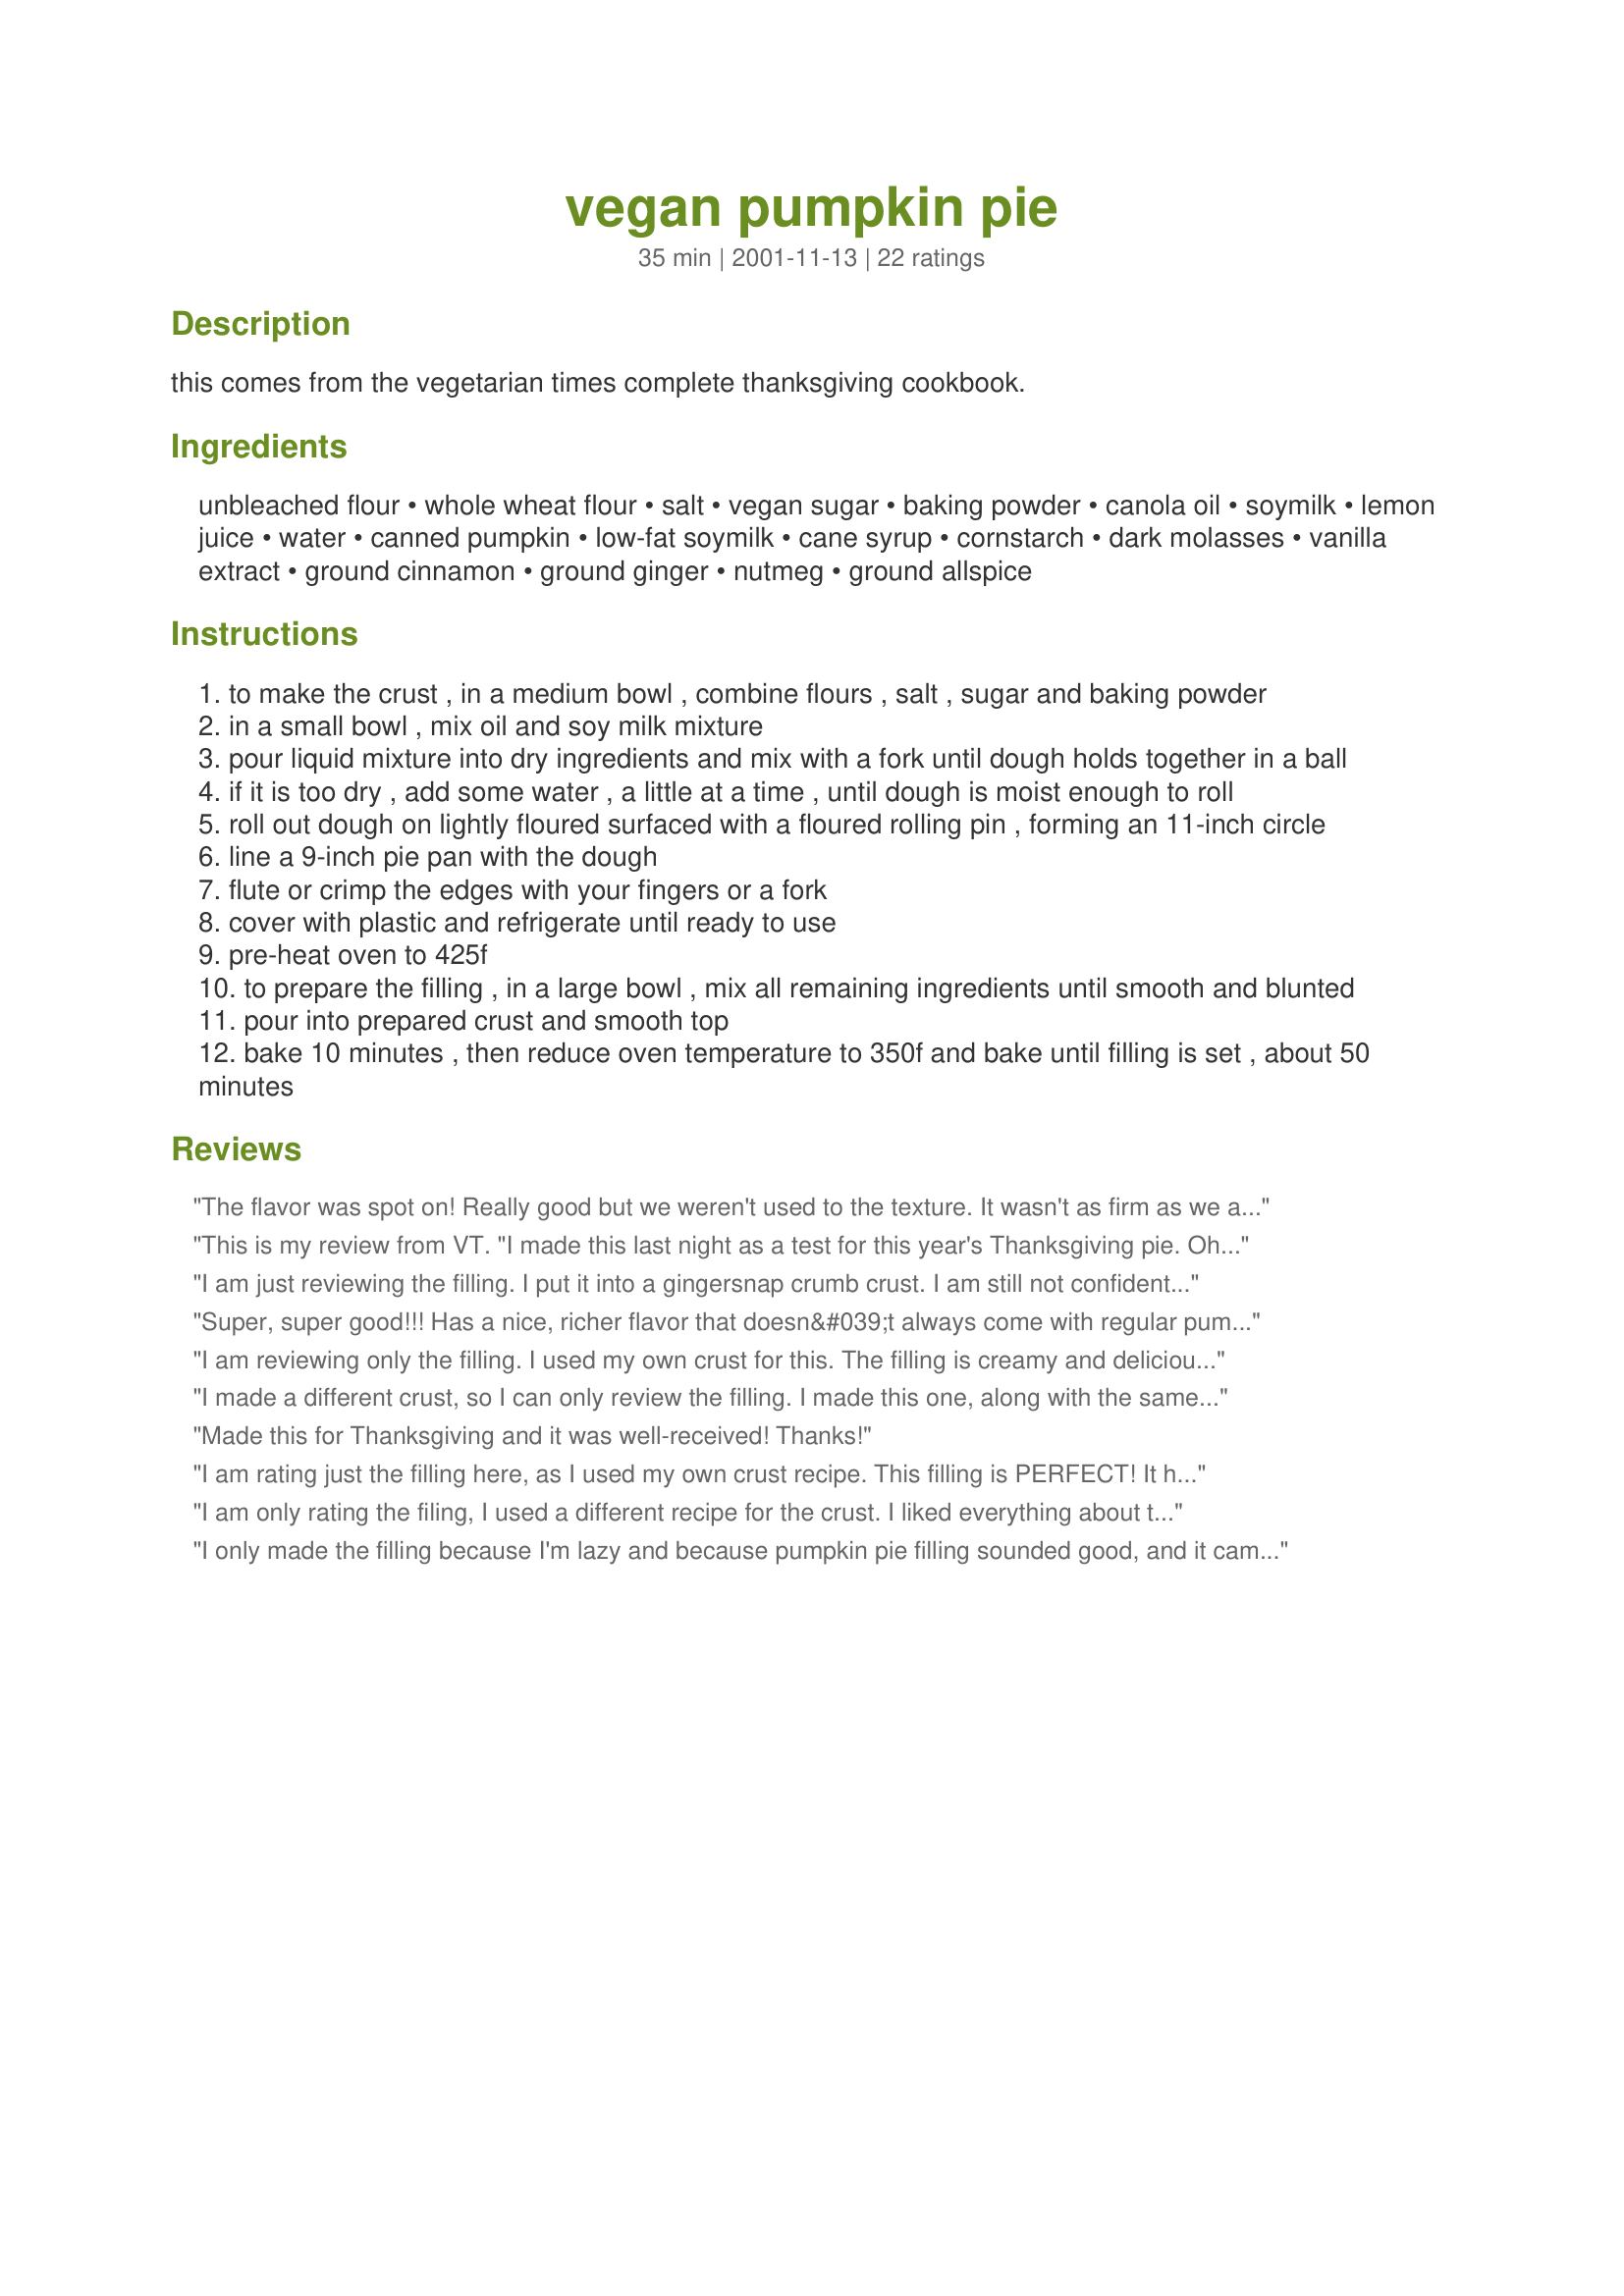
vegan pumpkin pie
Preparation time: 35 minutes

this comes from the vegetarian times complete thanksgiving cookbook.

Ingredients:
unbleached flour, whole wheat flour, salt, vegan sugar, baking powder, canola oil, soymilk, lemon juice, water, canned pumpkin, low-fat soymilk, cane syrup, cornstarch, dark molasses, vanilla extract, ground cinnamon, ground ginger, nutmeg, ground allspice

Steps:
to make the crust , in a medium bowl , combine flours , salt , sugar and baking powder
in a small bowl , mix oil and soy milk mixture
pour liquid mixture into dry ingredients and mix with a fork until dough holds together in a ball
if it is too dry , add some water , a little at a time , until dough is moist enough to roll
roll out dough on lightly floured surfaced with a floured rolling pin , forming an 11-inch circle
line a 9-inch pie pan with the dough
flute or crimp the edges with your fingers or a fork
cover with plastic and refrigerate until ready to use
pre-heat oven to 425f
to prepare the filling , in a large bowl , mix all remaining ingredients until smooth and blunted
pour into prepared crust and smooth top
bake 10 minutes , then reduce oven temperature to 350f and bake until filling is set , about 50 minutes

Reviews:
The flavor was spot on! Really good but we weren't used to the texture. It wasn't as firm as we are used to. Still, we will make it again!
This is my review from VT. "I made this last night as a test for this year's Thanksgiving pie. Oh...my....goodness! This pie is so good! It's better than any store bought pie I have had. It is really, a perfect pumpkin pie. Not too overwhelming with certain spices. My boyfriend is not big on sweets and certainly not big on vegan food BUT he really, really enjoyed this. He said it was also one of the best he has eaten. I just want to let you all know though...this was for ONLY the FILLING. I did not use this crust recipe. As for the granulated sugar cane syrup, just use regular sugar or turbinado. SIMPLE! It is not custardy or too soft in texture. It holds its shape just like a pumpkin pie should. Try it! You will not be disappointed." Seriously, if you don't like this then I don't know what you think pumpkin pie should taste like ;) Oh and don't add cloves!
I am just reviewing the filling. I put it into a gingersnap crumb crust. I am still not confident with vegan pastry. I am new to vegan cooking and was really hoping for pumpkin pie at Thanksgiving and this recipe was perfect. So good and better than my memory of eggy-creamy pumpkin pies!
Super, super good!!! Has a nice, richer flavor that doesn&#039;t always come with regular pumpkin pies. I also added 1/4 tsp of cloves. One thing that I think really set this over the edge was evaporating the soymilk. Instead of just using a cup of it, I put 3 cups of the milk over low-medium heat and waited for to evaporate down to one cup. I actually wasn&#039;t paying attention, and it ended up being a little less than one cup, but I didn&#039;t have any troubles! It added a nice creaminess that I think is worth the patience. :) I also used a pecan/oat crust instead of the one in the recipe, so I can&#039;t vouch for that part.
I am reviewing only the filling. I used my own crust for this. The filling is creamy and delicious. When I first took the pie out of the oven, it was too wiggly but 24 hours in the fridge made it set beautifully. I substituted corn syrup for the cane syrup. Next time, I will omit the molasses, I am not sure I liked the flavor that much. Also, once the pie starts setting, cover it with plastic wrap so that it doesn't form a skin.
I made a different crust, so I can only review the filling. I made this one, along with the same pie I made last year, which contains silken tofu, so that I could compare the two. This has a great texture - it set really nicely and slices into beautiful pieces. The flavor is excellent as well - I added 14 tsp of cloves, because it just seemed necessary. I can't decide which I prefer, but my husband was thrilled with this one. He typically doesn't care for pumpkin pie, but said this is the "best pumpkin pie" he has ever had. However, his reasoning was that it doesn't really taste like pumpkin. That could be why I'm not as quick to rave about it, because I love the taste of pumpkin. Either way, this makes a beautiful pie!
Made this for Thanksgiving and it was well-received! Thanks!
I am rating just the filling here, as I used my own crust recipe. This filling is PERFECT! It has a wonderful texture, color, and full flavor, and vegan or not, you'd be hard-pressed to find a better pumpkin pie. I used a 15-oz. can of pumpkin, which is a little less than 2 cups, and I also used regular sugar instead of granulated cane syrup, because that's what I had on hand. No one would ever know it's missing the dairy and eggs - it's absolutely fabulous, and a must on our Thanksgiving table.
I am only rating the filing, I used a different recipe for the crust.

I liked everything about this pie with the exception of the molasses. It was odd to taste molasses in pumpkin pie, and it also made the pie dark brown in color, so dark that my daughter thought it was a chocolate pie.

Other than that, the texture of the pie after it set up overnight was perfect, and I am thrilled to find a recipe that doesn't use tofu as I can have neither dairy nor soy. So, this is close to perfect and I will definately make it again without the molasses, and possibly also with some white sugar instead, to get the color lighter... (Obviously I'm trying it because of allergies and not because I'm looking for a healthy version. :-> )

Thanks for posting!
I only made the filling because I'm lazy and because pumpkin pie filling sounded good, and it came out really well, you'd never know it wasn't vegan. Good job. I'm definitely making this for thanksgiving.
Brought this to Thanksgiving dinner today. It was a hit! Spicy and sweet and very flavorful. Not as rich as regular pumpkin pie, which I found I missed a lot. (Oh, for just a touch of cream!) But considering that regular pumpkin pie would have been exceedingly non-vegan and made my dairy-free nursling very unhappy... it was an excellent compromise. Everyone liked it! Also much lower in fat and calories, which dieting relatives appreciated. <br/><br/>I liked this crust a lot --- in fact, I liked it better than the simple pie crust I usually use. I might switch to this one instead for my everyday pie-baking. It rolls beautifully and was easy to use. My only concern was that it was a tiny bit too salty. I'd cut the salt in half. <br/><br/>I couldn't figure out where the lemon juice was supposed to go, so I left it out. Anyone have any ideas?<br/><br/>The filling set beautifully and looked gorgeous. I was worried it wouldn't "set" but the texture was excellent. I liked the molasses a lot. I used a medium fresh pumpkin, roasted in the oven until soft, scooped out of the shell and pureed in a food processor, instead of canned. Because the pumpkin is more responsible for the texture of this pie than it would be in a standard pumpkin pie, I would be really hesitant to use canned pumpkin for it. I thought the fresh worked beautifully. Incidentally, the fresh pumpkin is much lighter in color than canned, which means that the molasses didn't darken the color of the pie too much at all. <br/><br/>Like other reviewers, I used 1 cup coconut milk instead of the rice/soy milk, and used ordinary granulated sugar. Otherwise, I kept the recipe as written. I would absolutely make it again. Thanks for sharing this lovely recipe, and thanks, Moosewood, for inventing it!!!
Awesome Pumpkin Pie! I brought it to a holiday party and nobody knew it was vegan. I wouldn't change a thing. It turned out great even the first time I made it. I willl definitely make this one every holiday. Thank you for such a great recipe.
Another review just reviewing the filling - I had grown pumpkins this year so wanted to try a pie. Used 2.5 c fresh pumpkin in lieu of the canned. The filling was so amazingly tasty uncooked my kids would have done shots of it had I let them. I didn't have any molasses, so just used 1/2 T of dark brown sugar as a substitute. End result was a very good pie. I used Food.com recipe 51537 for a no-roll pie crust which was a super easy perfect compliment to the filling.
This pie is delicious and taste tested by more than 20 people at a work Christmas Party (they didn't even know it was vegan). For this recipe, I made a 9x13&quot; pie in a rectangular pan, which turned out fantastic. I made the crust with almond milk, apple cider vinegar, and walnut oil instead of soy, lemon, and canola oil. After minimal mixing, it was rolled, then baked with a layer of dried beans at 400F for 15mins. I also used used flour in the pie instead of corn starch. I added (homemade) pumpkin puree, then all my dry ingredients, slowly added flour, then added almond milk last. I baked it all at 425 for 15mins, then 350 for 65mins. I set it out for an hour to finish baking on the counter and placed it in the fridge overnight. Texture is silky smooth that tastes more like pumpkin that eggs. This is, furthermore, my new go to recipe for pumpkin pie. The crust was perfect and pie very flavorful (the molasses was a perfect addition).
I'm only reviewing the filling. I thought this was really tasty. Many toddlers ate it and thought it was tasty, too. It's certainly not as custard-y as "real" pumpkin pie, but that's not necessarily a bad thing. I made a couple of alterations based on taste. I didn't use molasses. I used granulated sugar. I used only 3/4 of a cup of rice milk. I didn't use salt, ginger or allspice. I used 1/2 t of nutmeg and I added a 1/2 t of cloves.
I switched the canned pumpkin for fresh and made wo one with almond milk one with coconut milk, the coconut milk tastes better. I didn't use fresh ginger or nutmeg though and used pre purchased crust this was an amazing pie :)
this was fantastic. i used light coconut milk instead of soy. added a lot of richness (and it doesn't taste like coconut :). i also skipped the molasses - just didn't have any on hand. 
great recipe. everyone loved it.
No. My entire family just had the best belly laugh over this pie. Crimenty. I'm by no means the best baker ever but the dog doesnt even want to eat this.
Rating the filling not crust. Flavor was nice but my texture turned out gooey. I had made a few changes. Used corn syrup instead of granulated cane syrup, used 1/2 cup coconut milk and 1/2 cup soy milk. Skipped molasses. I baked it almost 10 minutes extra, because it was so soupy. Refrigerated for 24 hours before cutting.&lt;br/&gt;I&#039;m new to attempting baking vegan. My husband liked the taste of this better than my past traditional version, but I found both the pumpkin and spice flavors too strong for my taste.&lt;br/&gt;Thanks for posting the recipe!
This Thanksgiving we made the Libby's traditional recipe and this one (using a different crust). We did blind taste testing with all members of the family that includes omnivores, vegetarians and vegans. EVERYONE preferred this pie. We used flour instead of cornstarch, and added 1/4 tsp. cloves, because for me pumpkin pie just has to have cloves. Instead of soy milk we used Silk coffee creamer, which is richer. By not using eggs the flavor of the pumpkin is allowed to come through stronger, and the pie is not so "eggy". From now on this is our standard pumpkin pie recipe. The lovely thing about this vegan pie is that everyone in the family can eat it.
I was looking for a recipe like this to make for Thanksgiving for my dairy-soy-egg allergic 2 year old. I have my own recipe for crust so I am only reviewing the filling. This filling was wonderful! I made a double batch and use a large tart pan instead of a pie plate. This worked out nicely for me too and was a great presentation. One thing that I added to my filling (I was very worried it would not set up) was Orgran Custard Powder. I added 3 tablespoons of this powder to 1/4 Cup of rice milk and mixed. Then I added this to the filling. I also DID NOT add the 1 Cup of soy/rice milk required - as I mentioned above I was very worried about it not setting. It came out wonderfully. Didn't look any different from "normal" pumpkin pie and everyone enjoyed it greatly. Thank you so much for this wonderful recipe! I will use it for many years to come!!!!
I didn't make the crust, but the filling is delicious! My non-vegan family loved it. And surprise, surprise it was more popular than the store bought one!
